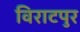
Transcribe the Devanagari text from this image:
विराटपुर